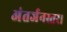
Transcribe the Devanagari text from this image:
अंतर्जनस्तर।